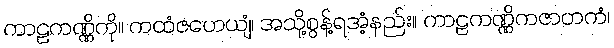
ကာဠကဏ္ဏိကို။ ကထံဇဟေယျံ၊ အသို့စွန့်ရအံ့နည်း။ ကာဠကဏ္ဏိကဇာတကံ၊